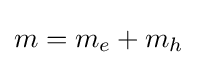
m=m_{e}+m_{h}